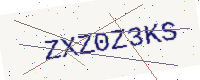
Text: ZXZ0Z3KS